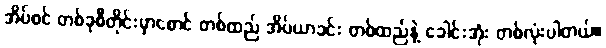
အိပ်စင် တစ်ခုစီတိုင်းမှာစောင် တစ်ထည် အိပ်ယာခင်း တစ်ထည်နဲ့ ခေါင်းအုံး တစ်လုံးပါတယ်။